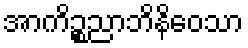
အာကိဉ္စညာဘိနိဝေသာ